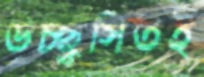
উচ্ছ্বসিতই